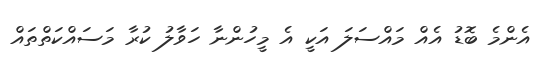
އެންމެ ބޮޑު އެއް މައްސަލަ އަކީ އެ މީހުންނާ ހަވާލު ކުރާ މަސައްކަތްތައް